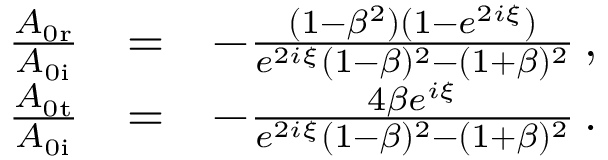
\begin{array} { r l r } { \frac { A _ { \mathrm { 0 r } } } { A _ { \mathrm { 0 i } } } } & { = } & { - \frac { ( 1 - \beta ^ { 2 } ) ( 1 - e ^ { 2 i \xi } ) } { e ^ { 2 i \xi } ( 1 - \beta ) ^ { 2 } - ( 1 + \beta ) ^ { 2 } } \, , } \\ { \frac { A _ { \mathrm { 0 t } } } { A _ { \mathrm { 0 i } } } } & { = } & { - \frac { 4 \beta e ^ { i \xi } } { e ^ { 2 i \xi } ( 1 - \beta ) ^ { 2 } - ( 1 + \beta ) ^ { 2 } } \, . } \end{array}